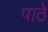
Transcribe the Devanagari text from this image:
पाठे